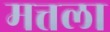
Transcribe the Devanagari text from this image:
मत्तला